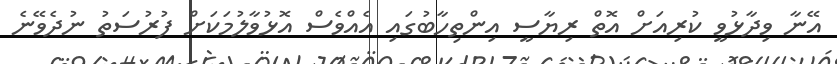
އޭނާ ވިދާޅުވީ ކުރިއަށް އޮތް ރިޔާސީ އިންތިހާބުގައި އެއްވެސް އޮޅުވާލުމަކަށް ފުރުސަތު ނުދެވޭނެ